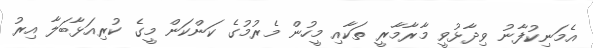
އެމަނިކުފާނު ވިދާޅުވީ މާރާމާރީ ތަކާއި މީހުން މެރުމުގެ ކަންކަން މީގެ ކުރިއަޅާބަލާ އިރު